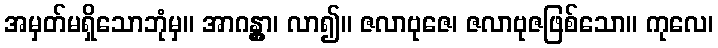
အမှတ်မရှိသောဘုံမှ။ အာဂန္တွာ၊ လာ၍။ ဇလာဗုဇေ၊ ဇလာဗုဇဖြစ်သော။ ကုလေ၊